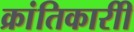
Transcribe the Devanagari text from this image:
क्रांतिकारीी